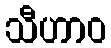
သီဟာဝ